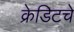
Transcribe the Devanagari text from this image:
क्रेडिटचे